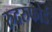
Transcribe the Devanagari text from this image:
रुदरुफोर्ड